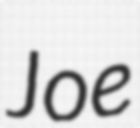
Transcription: Joe